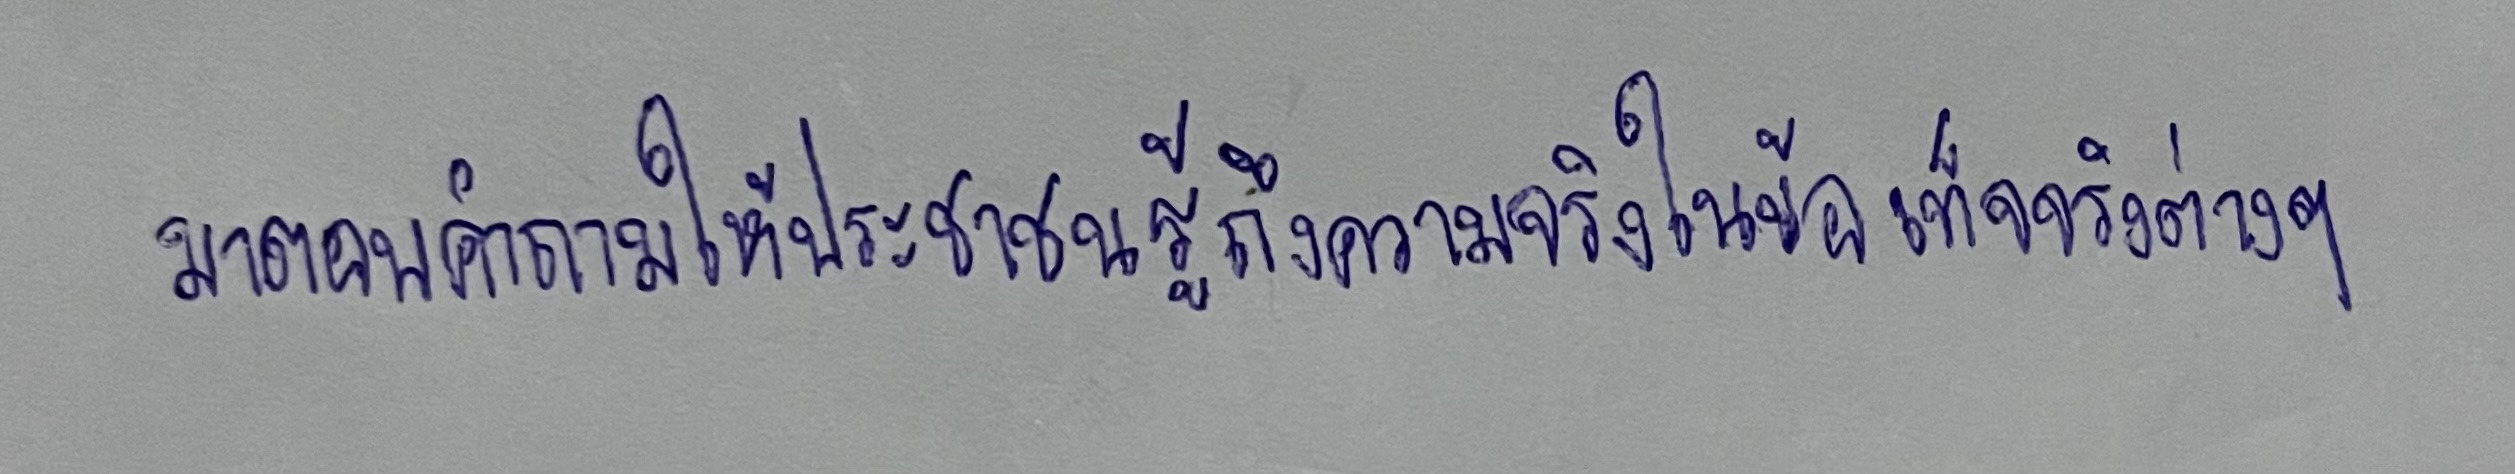
มาตอบคำถามให้ประชาชนรู้ถึงความจริงในข้อเท็จจริงต่างๆ